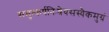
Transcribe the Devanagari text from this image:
समुत्कर्षनिःश्रेयसस्यैकमुग्रं